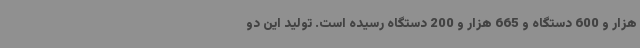
هزار و 600 دستگاه و 665 هزار و 200 دستگاه رسیده است. تولید این دو